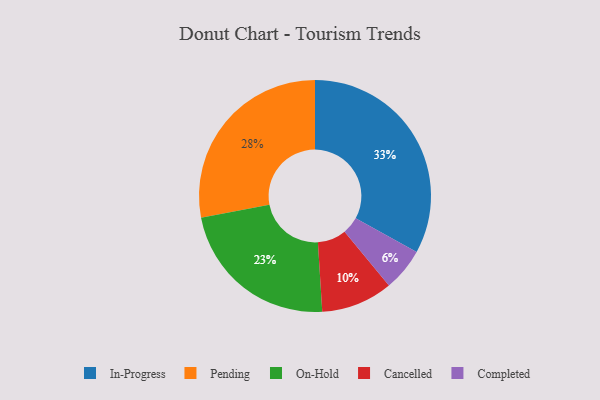
{"axis": {"x": "Category", "y": "Percentage"}, "legend": ["Cancelled", "Completed", "In-Progress", "On-Hold", "Pending"], "data": [{"x": "On-Hold", "y": 23, "type": "On-Hold"}, {"x": "Cancelled", "y": 10, "type": "Cancelled"}, {"x": "Completed", "y": 6, "type": "Completed"}, {"x": "In-Progress", "y": 33, "type": "In-Progress"}, {"x": "Pending", "y": 28, "type": "Pending"}]}